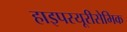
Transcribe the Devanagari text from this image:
हाइपरयूरीसेमिक